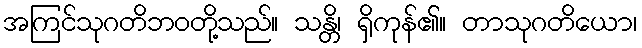
အကြင်သုဂတိဘဝတို့သည်။ သန္တိ၊ ရှိကုန်၏။ တာသုဂတိယော၊